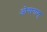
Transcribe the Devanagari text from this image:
ओयागाकू